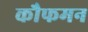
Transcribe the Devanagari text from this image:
कौफमन